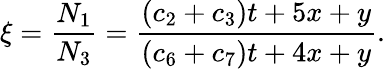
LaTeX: \xi=\frac{N_{1}}{N_{3}}=\frac{(c_{2}+c_{3})t+5x+y}{(c_{6}+c_{7})t+4x+y}.